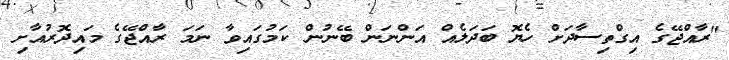
"ރާއްޖޭގެ އިގްތިސާދަށް ހެޔޮ ބަދަލެއް އަންނަން ބޭނުން ކަމުގައިވާ ނަމަ ރާއްޖޭގެ މައިދޮރުއާށި